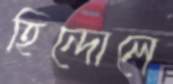
হিন্দোলে